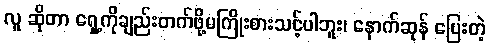
လူ ဆိုတာ ရှေ့ကိုချည်းတက်ဖို့မကြိုးစားသင့်ပါဘူး၊ နောက်ဆုန် ပြေးတဲ့